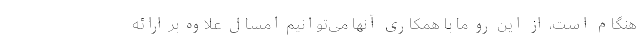
هنگام است، از این رو ما با همکاری آنها می‌توانیم امسال علاوه بر ارائه